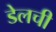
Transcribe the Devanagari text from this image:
डेलची